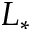
L _ { * }